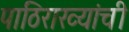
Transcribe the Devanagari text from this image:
पाठिराख्यांची